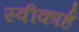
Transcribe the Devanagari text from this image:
स्वीकार्ह